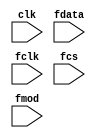

module fcor(
	input clk,
	input [15:0] fdata,
	input fclk, fcs,
	input [1:0] fmod

);
	reg [15:0] fdata_reg; initial fdata_reg = 'b0;
	always@(posedge clk) fdata_reg <= fdata;

	reg [1:0] fclk_dly;
	initial fclk_dly = 'b0;
	always@(posedge clk)begin
		fclk_dly[1] <= fclk_dly[0];
		fclk_dly[0] <= fclk;
	end
	wire fclk_fall = ( fclk_dly== 2'b10);

	reg [1:0] fcs_dly;
	initial fcs_dly = 'b0;
	always@(posedge clk)begin
		fcs_dly[1] <= fcs_dly[0];
		fcs_dly[0] <= fcs;
	end
	wire fcs_up = ( fcs_dly== 2'b01);

	reg [1:0] fmod_reg;initial fmod_reg = 'b0;
	always@(posedge clk)begin
		if(~fcs & fclk)
			fmod_reg <= fmod;
	end

	reg [15:0] flag_mod_temp;
	reg [31:0] Freq_temp;
	initial begin flag_mod_temp = 'b0; Freq_temp = 'b0; end
	always@(posedge clk)begin
		if(~fcs & fclk_fall)begin
			if(fmod_reg == 2'b01)	flag_mod_temp <= fdata_reg;
			else if(fmod_reg == 2'b11) Freq_temp[31:16] <= fdata_reg;
			else if(fmod_reg == 2'b10) Freq_temp[15:0] <= fdata_reg;
			else Freq_temp <= Freq_temp;
		end
	end
	
	reg [15:0] flag_mod;
	reg [31:0] Freq;
	initial begin flag_mod = 'b0; Freq = 'b0; end
	always@(posedge clk)begin
		if(fcs_up)begin
			flag_mod <= flag_mod_temp;
			Freq <= Freq_temp;
		end
	end


endmodule